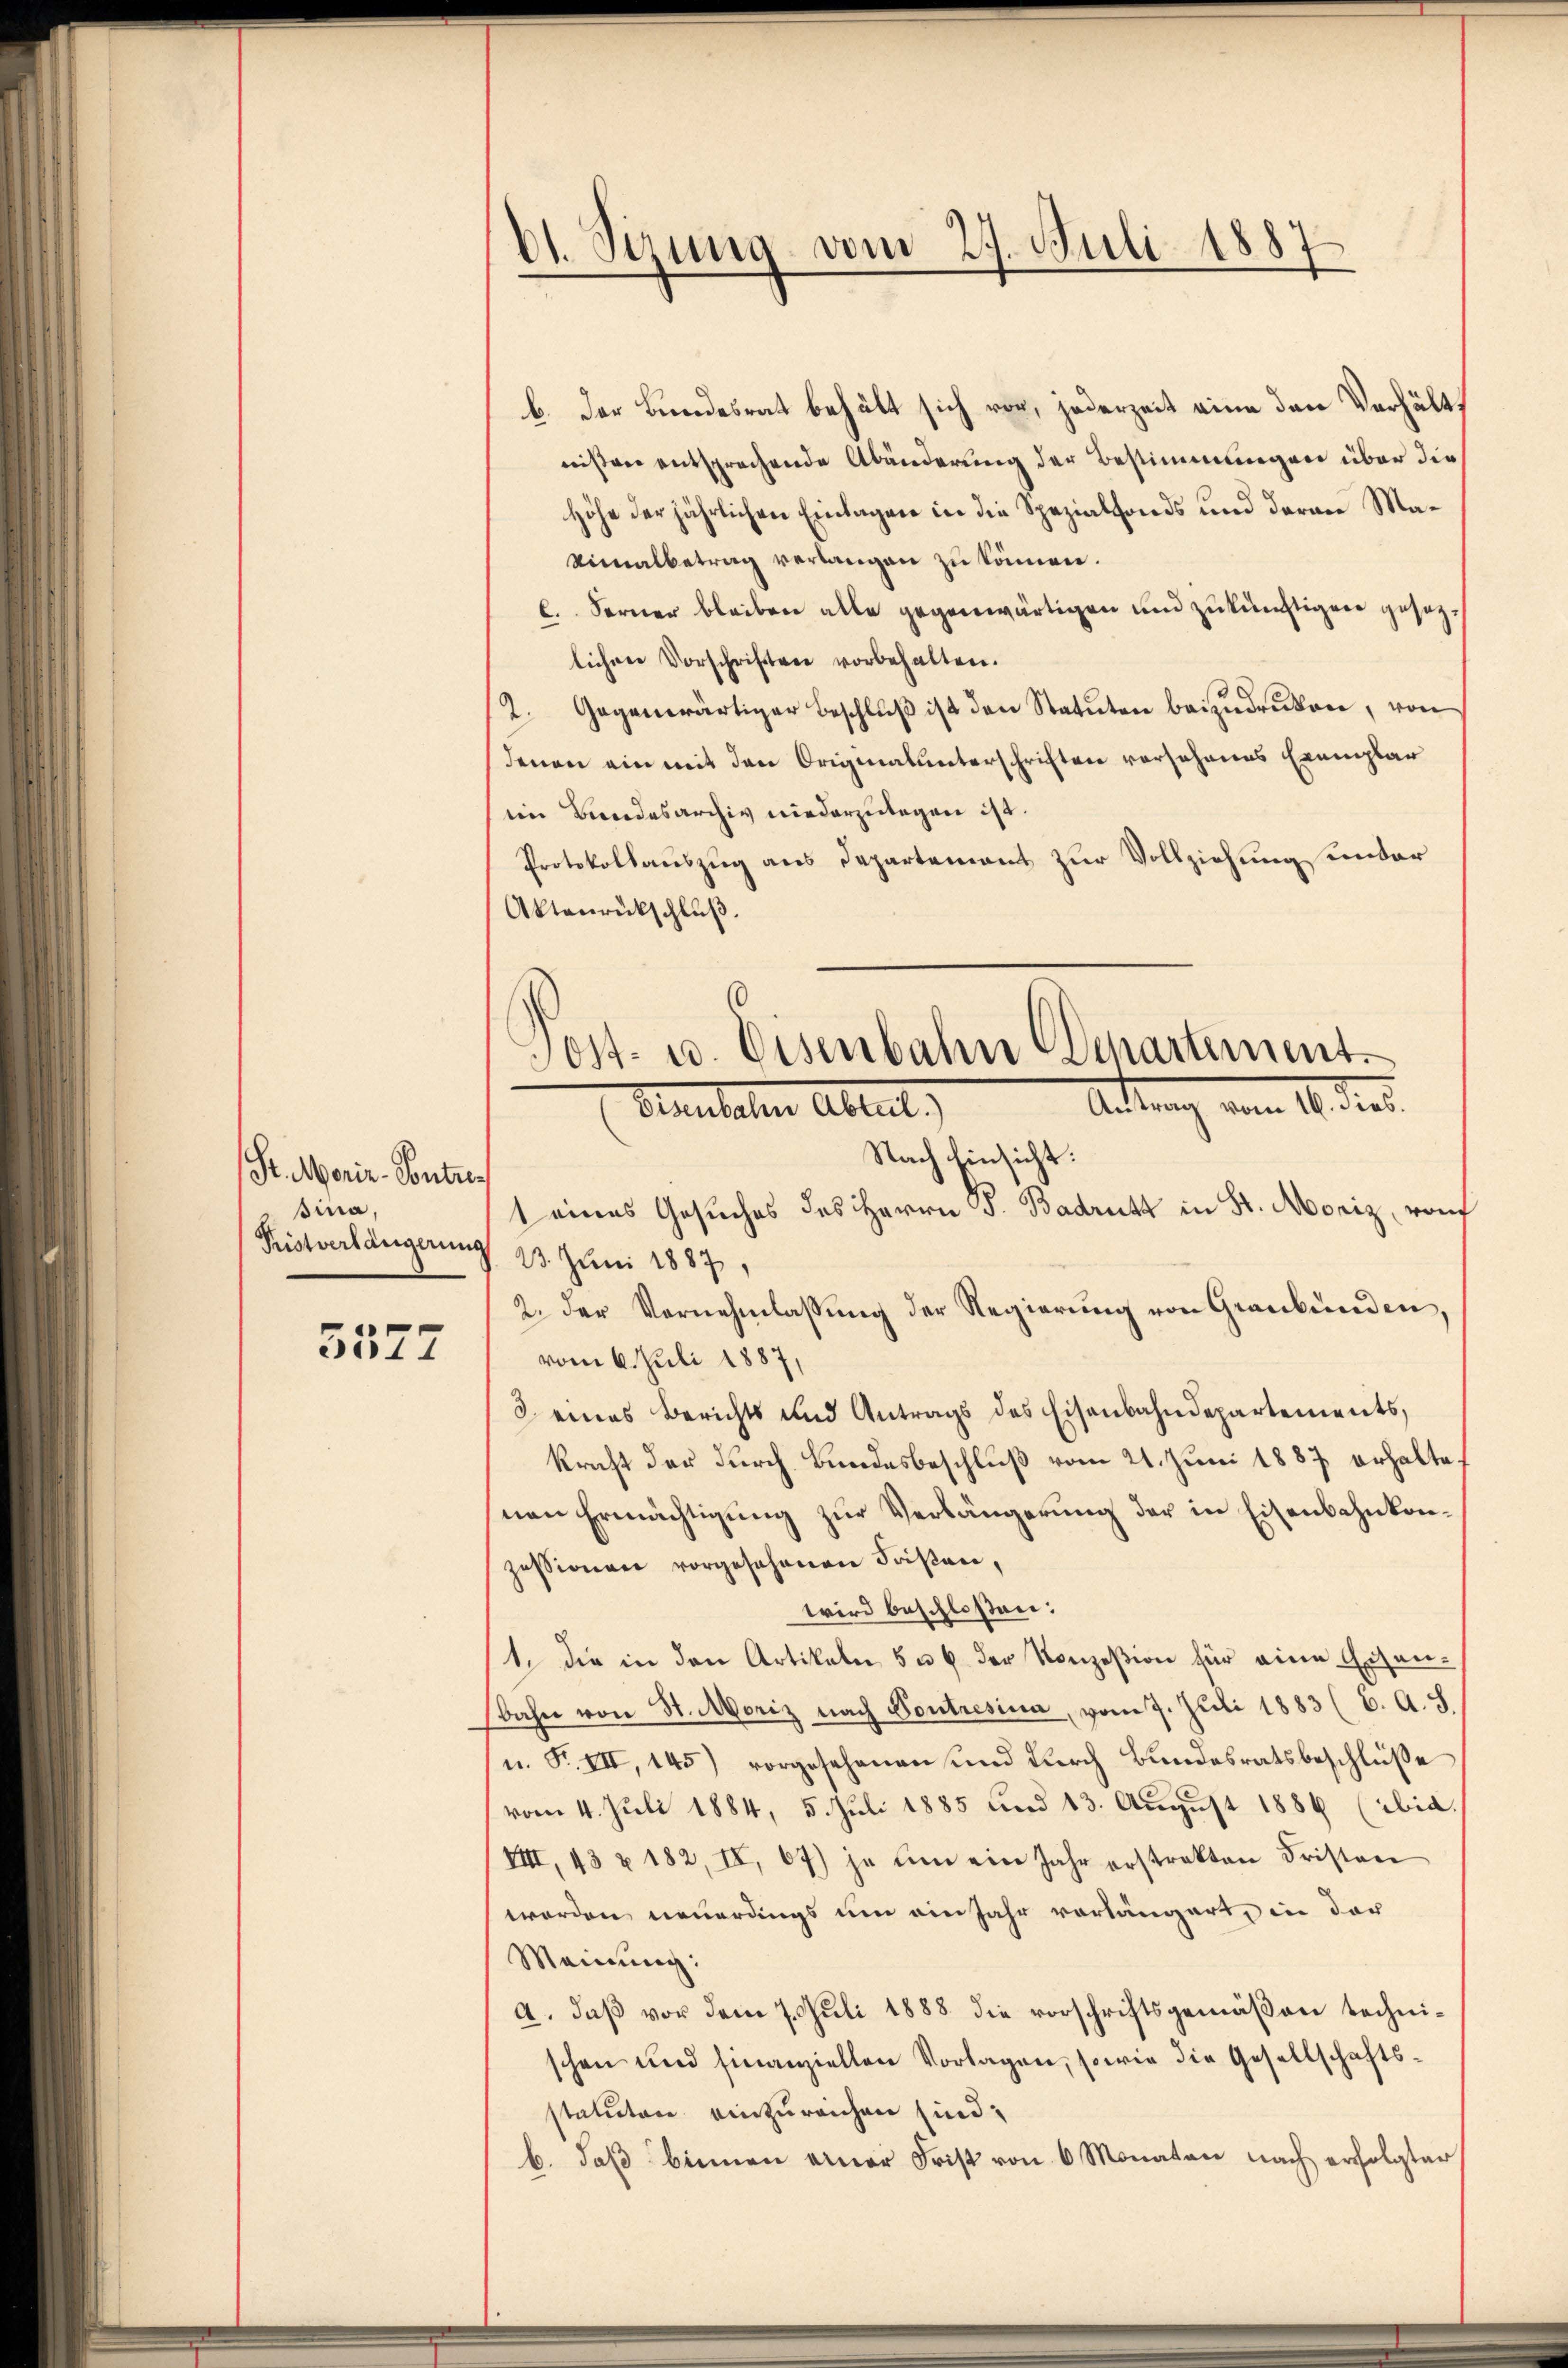
St. Merie-Contre
sina,
Pristverlängerung

5577

Nach hinsicht:
1 eines Gesuches des Herrn J. Badritt in St. Moriz, vom
23. Juni 1887,
2. der Vernehmlassŭng der Regierŭng von Graubünden,
vom 6. Juli 1887,
3 eines Berichts und Antrags des Eisenbahndepartements,
kraft der durch Bundesbeschluß vom 21. Juni 1887 erhaltenen Ermächtigung zur Verlängerung der in Eisenbahnkonzessionen vorgesehenen Kaisen,
wird beschloßen:
1. die in den Artikeln 5 u. 6 der Konzesion für eine Eisenbahn von St. Moriz nach Voutresina, vom 7. Juli 1883 (C. A. S.
u. F. VII, 145) vorgesehenen und durch Bundesratsbeschlüße
vom 4. Juli 1884, 5. Juli 1885 und 13. August 1886 (ibid
VIII, 43 u 182, II, 67) je um ein Jahr erstrakten Fristen
werden neuerdings um ein Jahr vorlängert, in der
Meinung:
a. daß vor dem 7. Juli 1888 die vorschriftsgemäßen technischon und finanziellen Vorlagen, sowie die Gesellschaftsstatuten einzureichen sind;
b. daβ binnen einer Frist von 6 Monaten nach erfolgter

dt. Sizung vom 27. Juli 1887

b. Der Bundesrat behält sich vor, jederzeit eine den Verhältwißen entsprechende Abänderung der Bestimmungen über die
Höhe der jährlichen Einlagen in die Spezialfonds und daran Ma¬
Vimalbetrag verlangen zu können.
l. Ferner bleiben alle gegenwärtigen und zukünftigen gesezlichen Vorschriften vorbehalten.
2. Gegenwärtiger Beschluß ist den Statuten beizudrucken, von
denen ein mit den Originalunterschriften vorsehenes Exemplar
em Bundesarchiv niederzulegen ist.
Protokollauszug aus Departement zur Vollziehung unter
Aktenrückschluß.
d
Post- u. Eisenbahn Departement

Rettung vom 14. der
Bernhalten Abreit